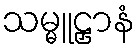
သမ္မူဠှာနံ